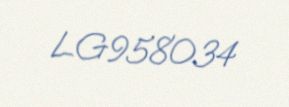
LG958034